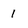
Character: 1